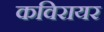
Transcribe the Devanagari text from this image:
कविरायर